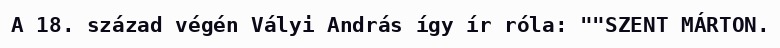
A 18. század végén Vályi András így ír róla: ""SZENT MÁRTON.